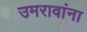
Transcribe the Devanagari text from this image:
उमरावांना